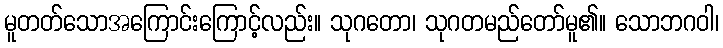
မူတတ်သောအကြောင်းကြောင့်လည်း။ သုဂတော၊ သုဂတမည်တော်မူ၏။ သောဘဂဝါ၊